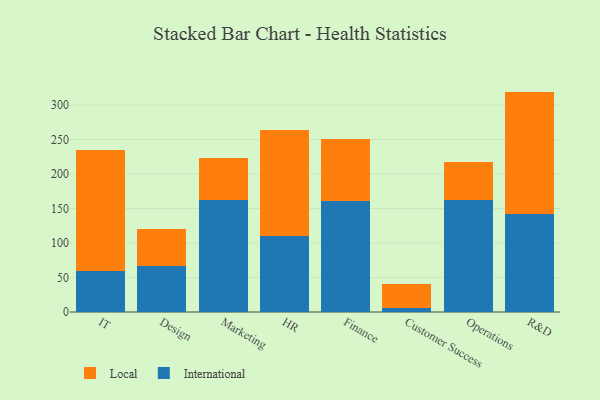
{"axis": {"x": "Department", "y": "Conversion Rate (%)"}, "legend": ["International", "Local"], "data": [{"x": "IT", "y": 59.3, "type": "International"}, {"x": "IT", "y": 175.1, "type": "Local"}, {"x": "Design", "y": 67.3, "type": "International"}, {"x": "Design", "y": 53.2, "type": "Local"}, {"x": "Marketing", "y": 163.0, "type": "International"}, {"x": "Marketing", "y": 59.6, "type": "Local"}, {"x": "HR", "y": 110.9, "type": "International"}, {"x": "HR", "y": 152.9, "type": "Local"}, {"x": "Finance", "y": 161.5, "type": "International"}, {"x": "Finance", "y": 89.8, "type": "Local"}, {"x": "Customer Success", "y": 5.6, "type": "International"}, {"x": "Customer Success", "y": 35.0, "type": "Local"}, {"x": "Operations", "y": 162.7, "type": "International"}, {"x": "Operations", "y": 54.7, "type": "Local"}, {"x": "R&D", "y": 142.7, "type": "International"}, {"x": "R&D", "y": 176.9, "type": "Local"}]}